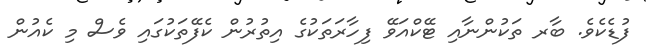
ފުޑެކެވެ. ބާރ ތަކުންނާއި ޓޭކްއަވޭ ފިހާރަތަކުގެ އިތުރުން ކެފޭތަކުގައި ވެސް މި ކެއުން